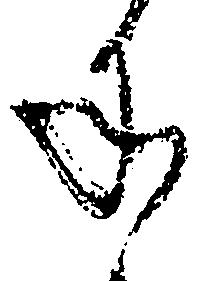
承